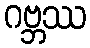
ဂဗ္ဘဿ